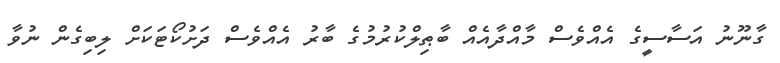
ގާނޫނު އަސާސީގެ އެއްވެސް މާއްދާއެއް ބާޠިލްކުރުމުގެ ބާރު އެއްވެސް ދަށުކޯޓަކަށް ލިބިގެން ނުވާ